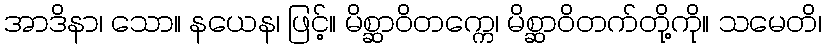
အာဒိနာ၊ သော။ နယေန၊ ဖြင့်။ မိစ္ဆာဝိတက္ကေ၊ မိစ္ဆာဝိတက်တို့ကို။ သမေတိ၊